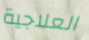
العلاجية